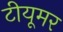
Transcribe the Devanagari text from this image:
टीयूमर